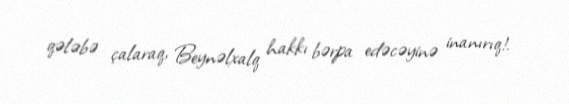
qələbə çalaraq, Beynəlxalq hakkı bərpa edəcəyinə inanırıq!.